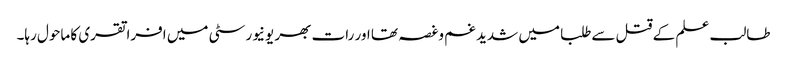
طالب علم کے قتل سےطلبا میں شدید غم وغصہ تھا اور رات بھر یونیورسٹی میں افراتقری کا ماحول رہا۔